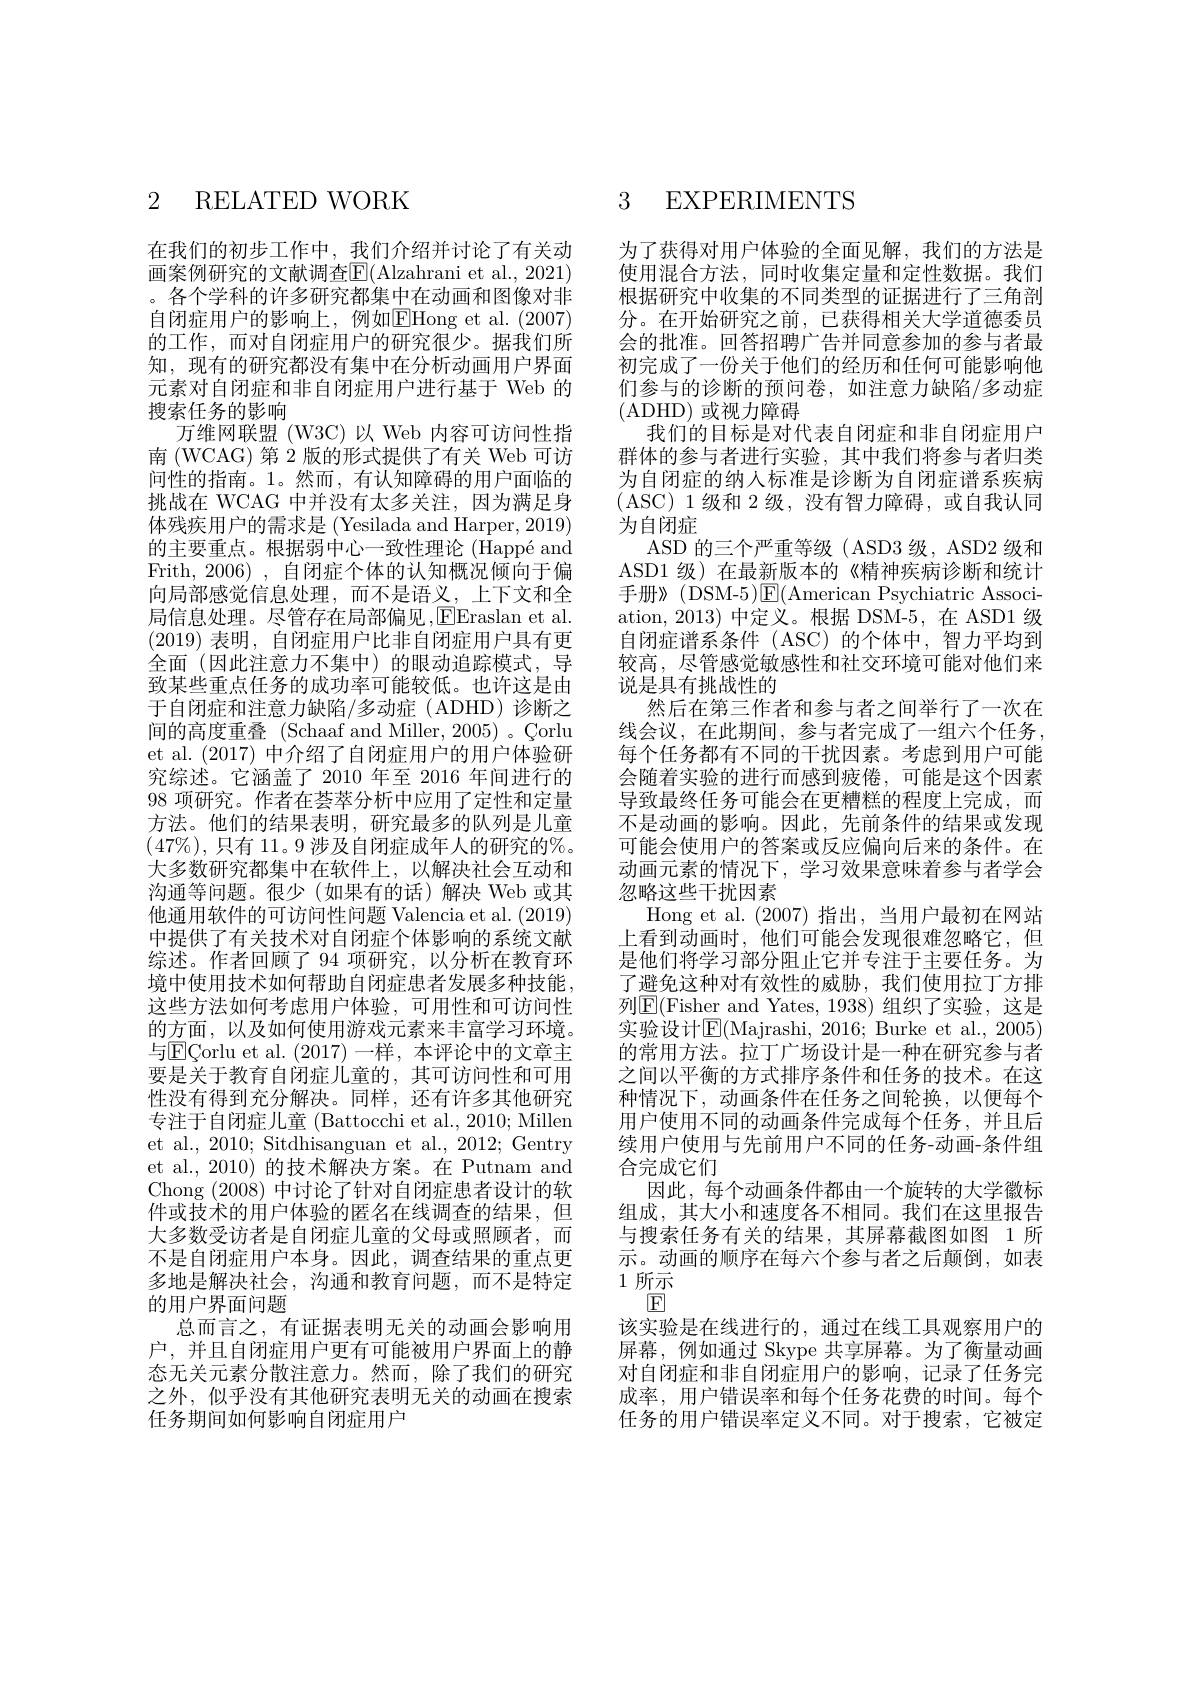
## 2 RELATED WORK

在我们的初步工作中，我们介绍并讨论了有关动画案例研究的文献调查$\overline{\mathrm{E}}($Alzahrani et al., 2021) 。各个学科的许多研究都集中在动画和图像对非自闭症用户的影响上，例如$\boxed{\mathrm{E}}$Hong et al.(2007) 的工作，而对自闭症用户的研究很少。据我们所知，现有的研究都没有集中在分析动画用户界面元素对自闭症和非自闭症用户进行基于 Web 的搜索任务的影响
万维网联盟 (W3C)以 Web 内容可访问性指南 (WCAG) 第 2 版的形式提供了有关 Web 可访问性的指南。1。然而，有认知障碍的用户面临的挑战在 WCAG 中并没有太多关注，因为满足身体残疾用户的需求是 (Yesilada and Harper, 2019) 的主要重点。根据弱中心一致性理论 (Happé and Frith, 2006) , 自闭症个体的认知概况倾向于偏向局部感觉信息处理，而不是语义，上下文和全局信息处理。尽管存在局部偏见，EEraslan et al. (2019)表明，自闭症用户比非自闭症用户具有更全面 (因此注意力不集中)的眼动追踪模式，导致某些重点任务的成功率可能较低。也许这是由于自闭症和注意力缺陷/多动症(ADHD)诊断之间的高度重叠 (Schaaf and Miller, 2005) 。Çorlu et al.(2017) 中介绍了自闭症用户的用户体验研究综述。它涵盖了 2010 年至 2016 年间进行的98项研究。作者在荟萃分析中应用了定性和定量方法。他们的结果表明，研究最多的队列是儿童$(47\%)$,只有 11。9 涉及自闭症成年人的研究的%。大多数研究都集中在软件上，以解决社会互动和沟通等问题。很少(如果有的话)解决 Web 或其他通用软件的可访问性问题 Valencia et al. (2019) 中提供了有关技术对自闭症个体影响的系统文献综述。作者回顾了 94 项研究，以分析在教育环境中使用技术如何帮助自闭症患者发展多种技能， 这些方法如何考虑用户体验，可用性和可访问性的方面，以及如何使用游戏元素来丰富学习环境。与E\Corlu et al.(2017)一样，本评论中的文章主要是关于教育自闭症儿童的，其可访问性和可用性没有得到充分解决。同样，还有许多其他研究专注于自闭症儿童 (Battocchi et al., 2010; Millen et al., 2010; Sitdhisanguan et al., 2012; Gentry et al., 2010) 的技术解决方案。在 Putnam and Chong (2008)中讨论了针对自闭症患者设计的软件或技术的用户体验的匿名在线调查的结果，但大多数受访者是自闭症儿童的父母或照顾者，而不是自闭症用户本身。因此，调查结果的重点更多地是解决社会，沟通和教育问题，而不是特定的用户界面问题
总而言之，有证据表明无关的动画会影响用户，并且自闭症用户更有可能被用户界面上的静态无关元素分散注意力。然而，除了我们的研究之外，似乎没有其他研究表明无关的动画在搜索任务期间如何影响自闭症用户

## 3 EXPERIMENTS

为了获得对用户体验的全面见解，我们的方法是使用混合方法，同时收集定量和定性数据。我们根据研究中收集的不同类型的证据进行了三角剖分。在开始研究之前，已获得相关大学道德委员会的批准。回答招聘广告并同意参加的参与者最初完成了一份关于他们的经历和任何可能影响他们参与的诊断的预问卷，如注意力缺陷/多动症(ADHD)或视力障碍
我们的目标是对代表自闭症和非自闭症用户群体的参与者进行实验，其中我们将参与者归类为自闭症的纳人标准是诊断为自闭症谱系疾病( ASC)1级和 2 级，没有智力障碍，或自我认同为自闭症
ASD 的三个严重等级( ASD3 级，ASD2 级和ASD1 级) 在最新版本的《精神疾病诊断和统计手册》(DSM-5)$\underline{\mathrm{E}}($American Psychiatric Association, 2013) 中定义。根据 DSM-5, 在 ASD1 级自闭症谱系条件 (ASC)的个体中，智力平均到较高，尽管感觉敏感性和社交环境可能对他们来说是具有挑战性的
然后在第三作者和参与者之间举行了一次在线会议，在此期间，参与者完成了一组六个任务， 每个任务都有不同的干扰因素。考虑到用户可能会随着实验的进行而感到疲倦，可能是这个因素导致最终任务可能会在更糟糕的程度上完成，而不是动画的影响。因此，先前条件的结果或发现可能会使用户的答案或反应偏向后来的条件。在动画元素的情况下，学习效果意味着参与者学会忽略这些干扰因素
Hong et al. (2007)指出，当用户最初在网站上看到动画时，他们可能会发现很难忽略它，但是他们将学习部分阻止它并专注于主要任务。为了避免这种对有效性的威胁，我们使用拉丁方排列$\boxed{\mathrm{F}}($Fisher and Yates, 1938)组织了实验，这是实验设计$\operatorname{E}($Majrashi, 2016; Burke et al., 2005) 的常用方法。拉丁广场设计是一种在研究参与者之间以平衡的方式排序条件和任务的技术。在这种情况下，动画条件在任务之间轮换，以便每个用户使用不同的动画条件完成每个任务，并且后续用户使用与先前用户不同的任务-动画-条件组合完成它们
因此，每个动画条件都由一个旋转的大学徽标组成，其大小和速度各不相同。我们在这里报告与搜索任务有关的结果，其屏幕截图如图 1 所示。动画的顺序在每六个参与者之后颠倒，如表1所示
$\boxed{\mathrm{F}}$
该实验是在线进行的，通过在线工具观察用户的屏幕，例如通过 Skype 共享屏幕。为了衡量动画对自闭症和非自闭症用户的影响，记录了任务完成率，用户错误率和每个任务花费的时间。每个任务的用户错误率定义不同。对于搜索，它被定